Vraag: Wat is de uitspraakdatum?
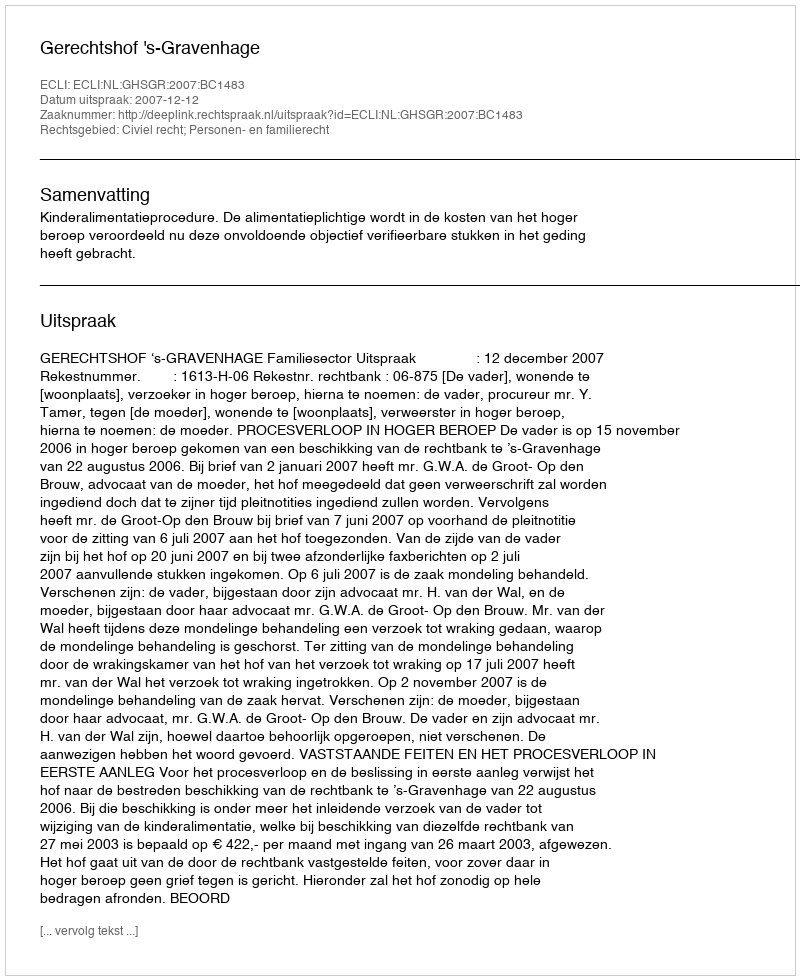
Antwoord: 2007-12-12